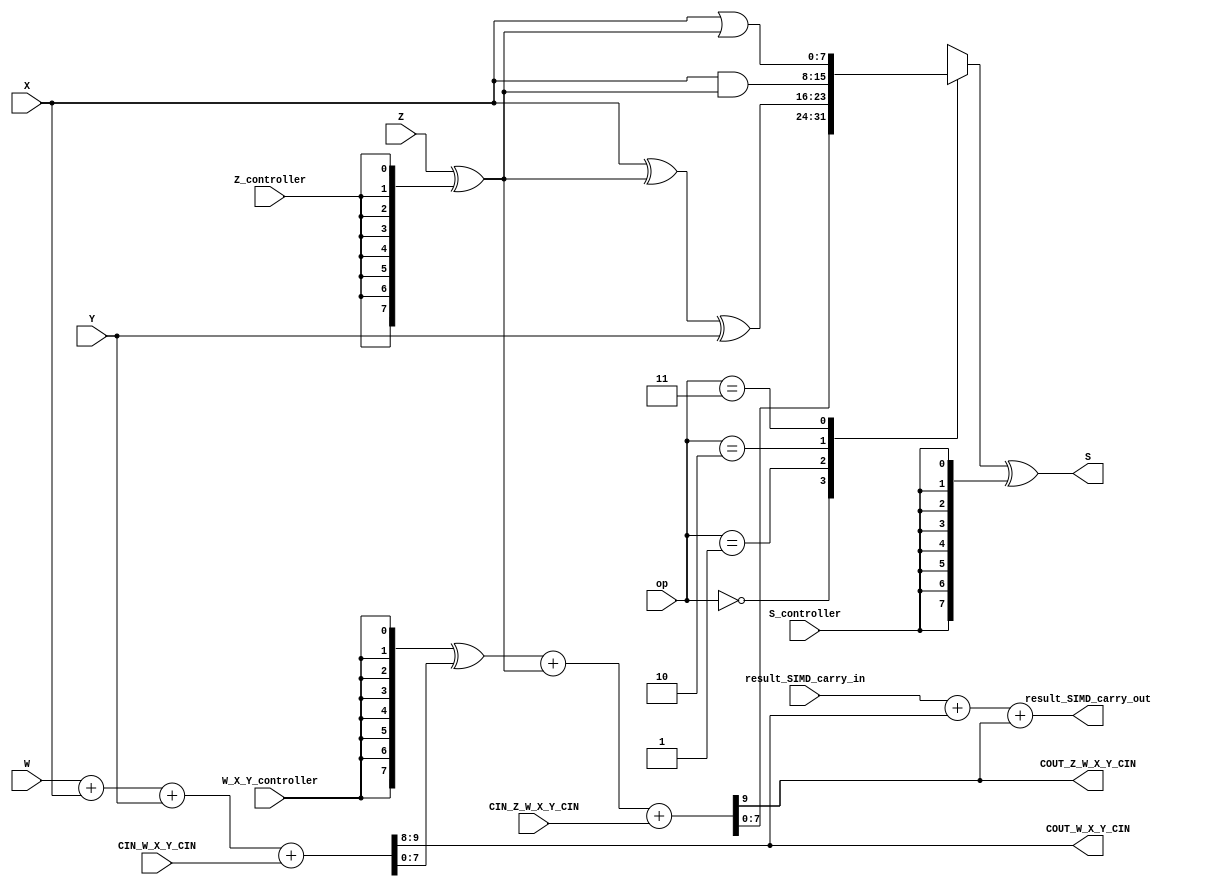
module ALU_SIMD_Width_parameterized_HighLevelDescribed_auto(

		input [Width-1:0] W,
		input [Width-1:0] Z,
		input [Width-1:0] Y,
		input [Width-1:0] X,

		input [1:0] op,
		input Z_controller,
		input S_controller,
		input W_X_Y_controller,
		input [1:0] CIN_W_X_Y_CIN,
		input CIN_Z_W_X_Y_CIN,

		output [Width-1:0] S,

		output [1:0] COUT_W_X_Y_CIN,
		output COUT_Z_W_X_Y_CIN,

		input [1:0] result_SIMD_carry_in,
		output [1:0] result_SIMD_carry_out
	);

//parameters
parameter Width = 8;

// controllable not
wire [Width-1:0] Z_Z_bar;
assign Z_Z_bar 	= Z ^ {Width{Z_controller}};

// logical part
wire [Width-1:0] out_and;
wire [Width-1:0] out_or;
wire [Width-1:0] out_xor;
assign out_and 	= X & Z_Z_bar;
assign out_or   = X | Z_Z_bar;
assign out_xor 	= X ^ Z_Z_bar ^ Y;

//computations
wire [Width-1:0] temp_W_X_Y;
assign {{COUT_W_X_Y_CIN}, {temp_W_X_Y}} = W + X + Y + CIN_W_X_Y_CIN;

wire [Width-1:0] temp_W_X_Y_xored;
wire [Width-1:0] W_X_Y_controller_wide;
generate
	assign W_X_Y_controller_wide = {Width{W_X_Y_controller}};
endgenerate
assign temp_W_X_Y_xored = W_X_Y_controller_wide ^  temp_W_X_Y;

wire [Width:0] S_temp_sum;
assign {{COUT_Z_W_X_Y_CIN},{S_temp_sum}} = temp_W_X_Y_xored + Z_Z_bar + CIN_Z_W_X_Y_CIN;

assign result_SIMD_carry_out = result_SIMD_carry_in + COUT_W_X_Y_CIN + COUT_Z_W_X_Y_CIN;

reg [Width-1:0] S_temp_selected;

always@(*)begin
	case (op)
		2'b00: S_temp_selected = S_temp_sum;
		2'b01: S_temp_selected = out_xor;
		2'b10: S_temp_selected = out_and;
		2'b11: S_temp_selected = out_or;
	endcase
end

generate
	assign S = S_temp_selected ^ {Width{S_controller}};
endgenerate

endmodule